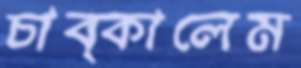
চাব্‌কালেম